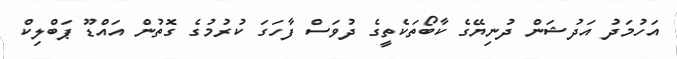
އަހުމަދު އަދުޝަން ދުނިޔޭގެ ކާބޯތަކެތީގެ ދުވަސް ފާހަގަ ކުރުމުގެ ގޮތުން އައްޑޫ ޕަބްލިކް